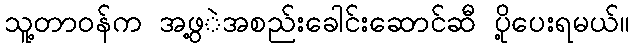
သူ့တာဝန်က အဖွ့ဲအစည်းခေါင်းဆောင်ဆီ ပို့ပေးရမယ်။